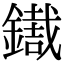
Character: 𨭓